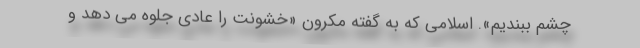
چشم ببندیم». اسلامی که به گفته مکرون «خشونت را عادی جلوه می دهد و